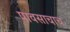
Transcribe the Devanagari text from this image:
पावसाचाच